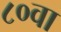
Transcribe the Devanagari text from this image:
८०वा